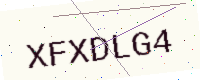
Text: XFXDLG4